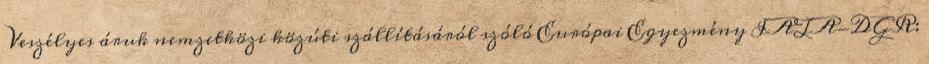
Veszélyes áruk nemzetközi közúti szállításáról szóló Európai Egyezmény IATA-DGR: